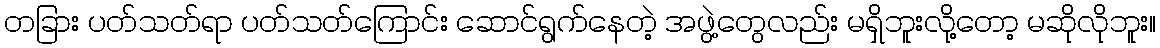
တခြား ပတ်သတ်ရာ ပတ်သတ်ကြောင်း ဆောင်ရွက်နေတဲ့ အဖွဲ့တွေလည်း မရှိဘူးလို့တော့ မဆိုလိုဘူး။